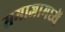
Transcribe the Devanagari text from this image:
समाजामध्यें